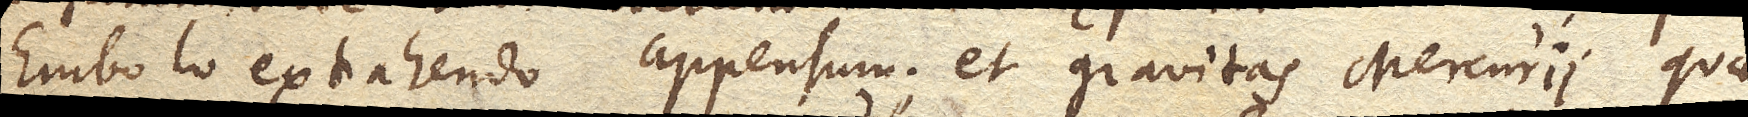
embolo extrahendo appensum; et gravitas Mercurii quae